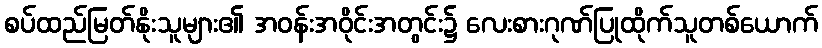
စပ်ထည်မြတ်နိုးသူများ၏ အဝန်းအဝိုင်းအတွင်း၌ လေးစားဂုဏ်ပြုထိုက်သူတစ်ယောက်